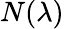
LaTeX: N(\lambda)